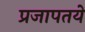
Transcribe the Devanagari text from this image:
प्रजापतये